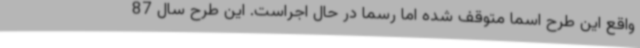
واقع این طرح اسما متوقف شده اما رسما در حال اجراست. این طرح سال 87